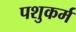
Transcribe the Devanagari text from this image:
पशुकर्म